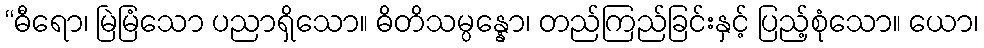
“ဓီရော၊ မြဲမြံသော ပညာရှိသော။ ဓိတိသမ္ပန္နော၊ တည်ကြည်ခြင်းနှင့် ပြည့်စုံသော။ ယော၊